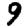
Digit: 9